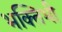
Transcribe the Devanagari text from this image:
भक्तिभी